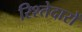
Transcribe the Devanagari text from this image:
रिश्‍तेदारों